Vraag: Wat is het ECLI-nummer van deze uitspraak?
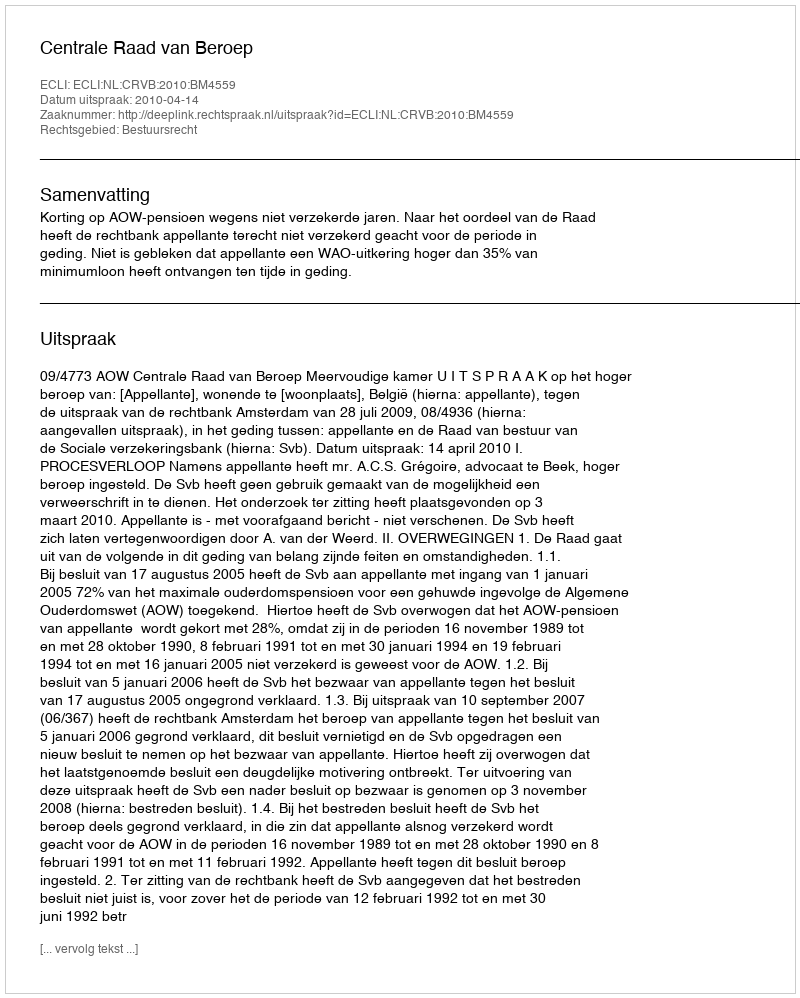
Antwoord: ECLI:NL:CRVB:2010:BM4559